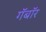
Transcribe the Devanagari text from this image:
गॅबॉर